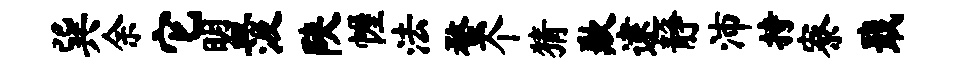
巽余它盟汲陕幄法蝥个猜歉逮静沛持寮戢